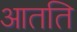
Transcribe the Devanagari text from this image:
आतति